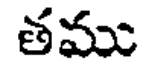
తము